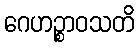
ဂေဟဉ္စာဝသတိ